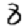
Digit: 8